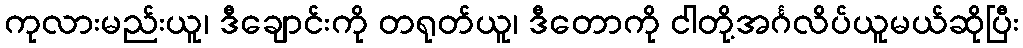
ကုလားမည်းယူ၊ ဒီချောင်းကို တရုတ်ယူ၊ ဒီတောကို ငါတို့အင်္ဂလိပ်ယူမယ်ဆိုပြီး